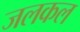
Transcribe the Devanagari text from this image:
जलकल